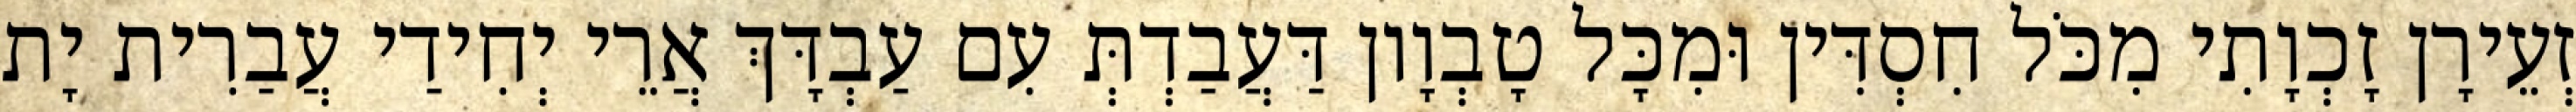
זְעֵירָן זָכְוָתִי מִכֹּל חִסְדִּין וּמִכָּל טָבְוָון דַּעֲבַדְתְּ עִם עַבְדָּךְ אֲרֵי יְחִידַי עֲבַרִית יָת